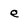
Character: e